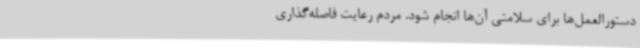
دستورالعمل‌ها برای سلامتی آن‌ها انجام شود. مردم رعایت فاصله‌گذاری